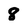
Character: 8